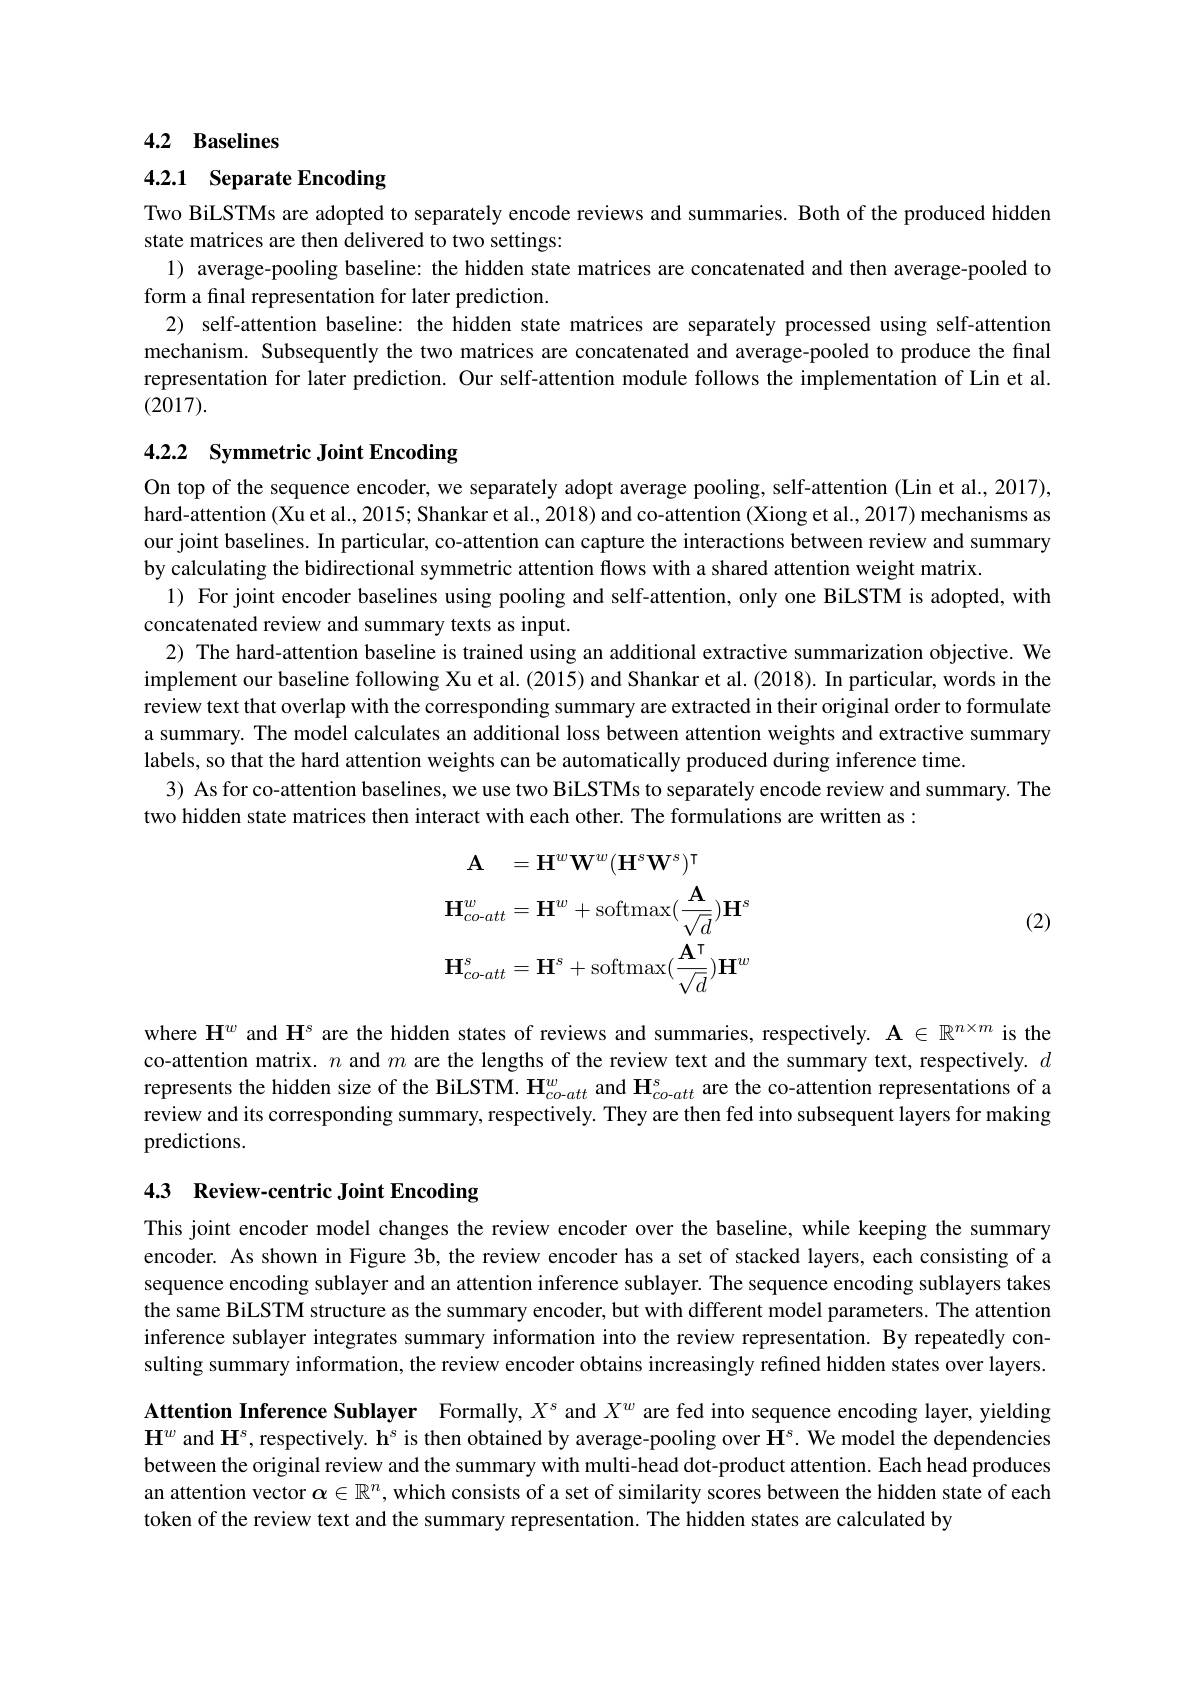
## 4.2 Baselines

# 4.2.1 Separate Encoding

Two BiLSTMs are adopted to separately encode reviews and summaries. Both of the produced hidden
state matrices are then delivered to two settings:
l) average-pooling baseline: the hidden state matrices are concatenated and then average-pooled to
form a final representation for later prediction.
2) self-attention baseline: the hidden state matrices are separately processed using self-attention mechanism. Subsequently the two matrices are concatenated and average-pooled to produce the final representation for later prediction. Our self-attention module follows the implementation of Lin et al. (2017).

## 4.2.2 Symmetric Joint Encoding

On top of the sequence encoder, we separately adopt average pooling, self-attention (Lin et al., 2017), hard-attention (Xu et al., 2015; Shankar et al., 2018) and co-attention (Xiong et al., 2017) mechanisms as our joint baselines. In particular, co-attention can capture the interactions between review and summary by calculating the bidirectional symmetric attention flows with a shared attention weight matrix.
1) For joint encoder baselines using pooling and self-attention, only one BiLSTM is adopted, with
concatenated review and summary texts as input.
2) The hard-attention baseline is trained using an additional extractive summarization objective. We implement our baseline following Xu et al.(2015) and Shankar et al.(2018). In particular, words in the review text that overlap with the corresponding summary are extracted in their original order to formulate a summary. The model calculates an additional loss between attention weights and extractive summary labels, so that the hard attention weights can be automatically produced during inference time.
3) As for co-attention baselines, we use two BiLSTMs to separately encode review and summary. The
two hidden state matrices then interact with each other. The formulations are written as:

(2)
$$\begin{aligned}\mathbf{A}&=\mathbf{H}^{w}\mathbf{W}^{w}(\mathbf{H}^{s}\mathbf{W}^{s})^{\intercal}\\\mathbf{H}_{co-att}^{w}&=\mathbf{H}^{w}+\mathrm{softmax}(\frac{\mathbf{A}}{\sqrt{d}})\mathbf{H}^{s}\\\mathbf{H}_{co-att}^{s}&=\mathbf{H}^{s}+\mathrm{softmax}(\frac{\mathbf{A}^{\intercal}}{\sqrt{d}})\mathbf{H}^{w}\end{aligned}$$
where $\mathbf{H}^w$ and $\mathbf{H}^\mathrm{s}$ are the hidden states of reviews and summaries, respectively. $\mathbf{A}\in\mathbb{R}^{n\times m}$ is the co-attention matrix. $n$ and $m$ are the lengths of the review text and the summary text, respectively. $d$ represents the hidden size of the BiLSTM. $\mathbf{H}_{co-att}^w$ and $\mathbf{H}_{co-att}^s$ are the co-attention representations of a review and its corresponding summary, respectively. They are then fed into subsequent layers for making predictions.

# 4.3 Review-centric Joint Encoding

This joint encoder model changes the review encoder over the baseline, while keeping the summary encoder. As shown in Figure 3b, the review encoder has a set of stacked layers, each consisting of a sequence encoding sublayer and an attention inference sublayer. The sequence encoding sublayers takes the same BiLSTM structure as the summary encoder, but with different model parameters. The attention inference sublayer integrates summary information into the review representation. By repeatedly consulting summary information, the review encoder obtains increasingly refined hidden states over layers.

Attention Inference Sublayer Formally, $X^s$ and $X^w$ are fed into sequence encoding layer, yielding $\mathbf{H}^w$ and $\mathbf{H}^s$, respectively. h$^\mathrm{s}$ is then obtained by average-pooling over $\mathbf{H}^s.$ We model the dependencies between the original review and the summary with multi-head dot-product attention. Each head produces an attention vector $\alpha\in\mathbb{R}^n$ , which consists of a set of similarity scores between the hidden state of each token of the review text and the summary representation. The hidden states are calculated by